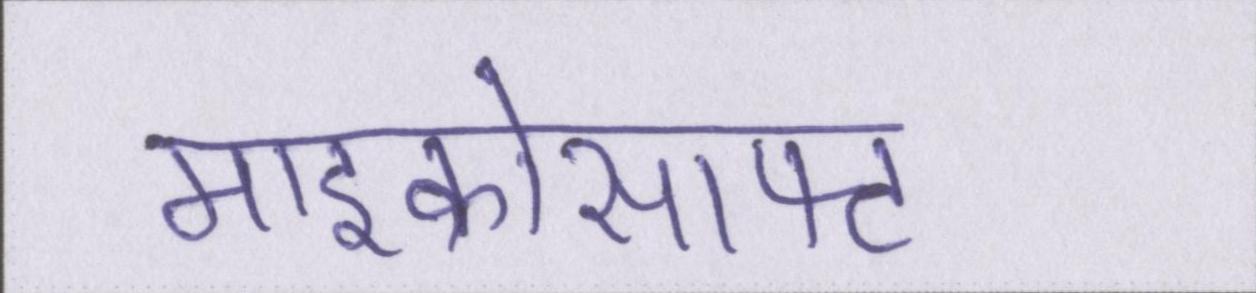
माइक्रोसाफ्ट